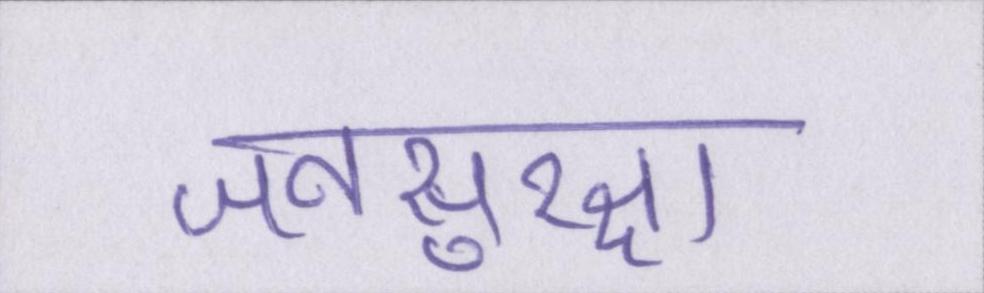
जनसुरक्षा